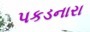
પકડનારા